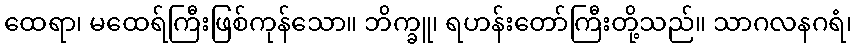
ထေရာ၊ မထေရ်ကြီးဖြစ်ကုန်သော။ ဘိက္ခူ၊ ရဟန်းတော်ကြီးတို့သည်။ သာဂလနဂရံ၊